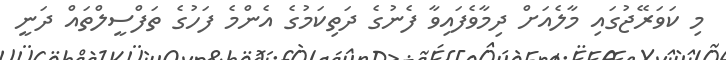
މި ކަވަރޭޖުގައި މާލެއަށް ދިމާވެފައިވާ ފެނުގެ ދަތިކަމުގެ އެންމެ ފަހުގެ ތަފްސީލްތައް ދަނީ